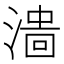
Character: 𣻲